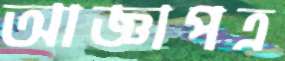
আজ্ঞাপত্র